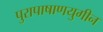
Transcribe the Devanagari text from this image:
पुरापाषाणयुगीन